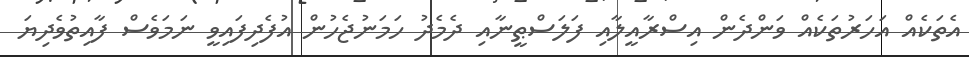
އެތަކެއް އަހަރުތަކެއް ވަންދެން އިސްރާއީލާއި ފަލަސްޠީނާއި ދެމެދު ހަމަނުޖެހުން އުފެދިފައިވީ ނަމަވެސް ފާއިތުވެދިޔަ